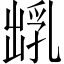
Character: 𪞺